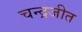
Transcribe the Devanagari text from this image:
चन्द्रजीत